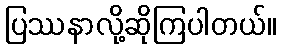
ပြဿနာလို့ဆိုကြပါတယ်။